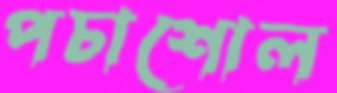
পচাশোল